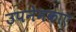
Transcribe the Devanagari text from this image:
उपनेमकाएं